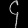
Digit: ၄